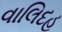
વાલિદહ